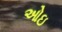
ઓઇ